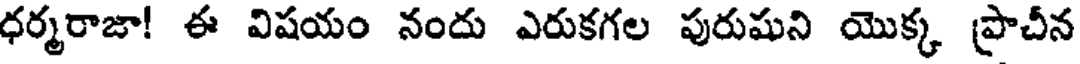
ధర్మరాజా! ఈ విషయం నందు ఎరుకగల పురుషుని యొక్క ప్రాచీన